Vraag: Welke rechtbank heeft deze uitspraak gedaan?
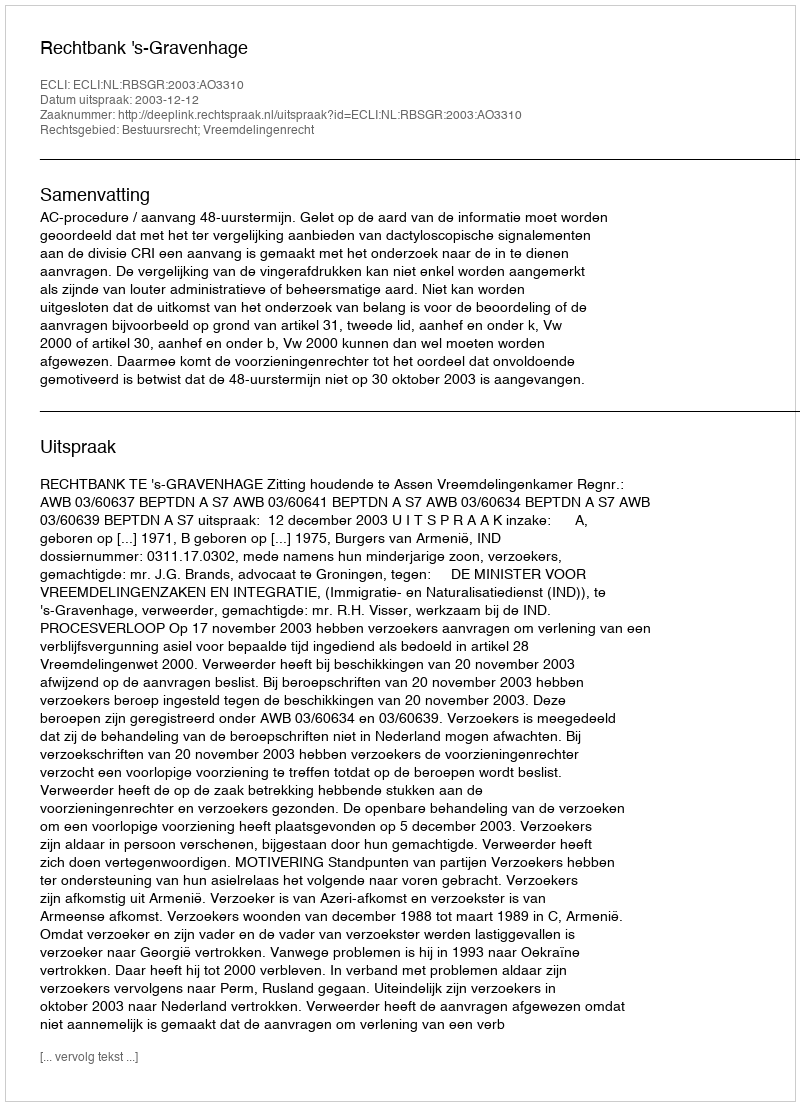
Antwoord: Rechtbank 's-Gravenhage